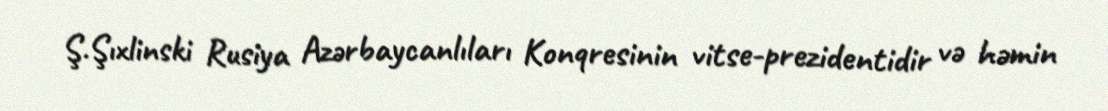
Ş.Şıxlinski Rusiya Azərbaycanlıları Konqresinin vitse-prezidentidir və həmin